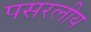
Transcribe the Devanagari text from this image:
पसरलीय